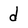
Character: d